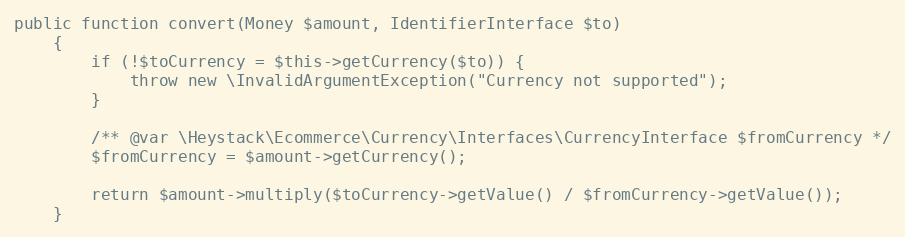
Language: PHP
public function convert(Money $amount, IdentifierInterface $to)
    {
        if (!$toCurrency = $this->getCurrency($to)) {
            throw new \InvalidArgumentException("Currency not supported");
        }

        /** @var \Heystack\Ecommerce\Currency\Interfaces\CurrencyInterface $fromCurrency */
        $fromCurrency = $amount->getCurrency();

        return $amount->multiply($toCurrency->getValue() / $fromCurrency->getValue());
    }